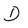
Character: D